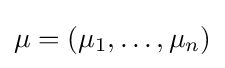
\mu =(\mu _{1},\dots ,\mu _{n})